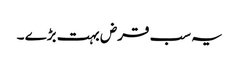
یہ سب قرض بہت بڑے ۔